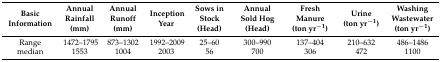
| Basic Information | Annual Rainfall (mm) | Annual Runoff (mm) | Inception Year | Sows in Stock (Head) | Annual Sold Hog (Head) | Fresh Manure (ton yr−1) | Urine (ton yr−1) | Washing Wastewater (ton yr−1) |
 | --- | --- | --- | --- | --- | --- | --- | --- | --- |
 | Range | 1472–1795 | 873–1302 | 1992–2009 | 25–60 | 300–990 | 137–404 | 210–632 | 486–1486 |
 | median | 1553 | 1004 | 2003 | 56 | 700 | 306 | 472 | 1100 |